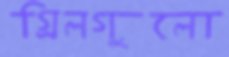
গ্রিলগুলো